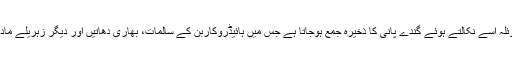
تیل ہو، گیس ہو یا کوئلہ اسے نکالتے ہوئے گندے پانی کا ذخیرہ جمع ہوجاتا ہے جس میں ہائیڈروکاربن کے سالمات، بھاری دھاتیں اور دیگر زہریلے مادے موجود ہوتے ہیں۔